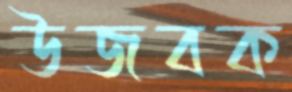
উজবক